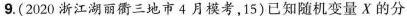
9.(2020浙江湖丽衢三地市4月模考，15)已知随机变量X的分